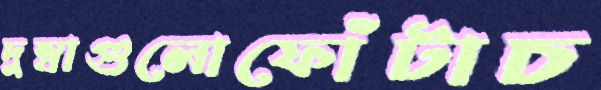
দুম্বাগুলোফোঁটাচ